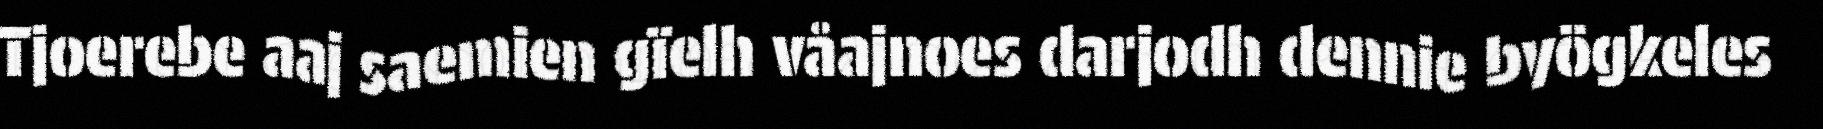
Tjoerebe aaj saemien gïelh våajnoes darjodh dennie byögkeles